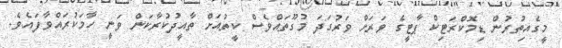
މީގެއިތުރުން ޑިމޮކްރަޓިކް ޕާޓީގެ ވަރަށް ވަރުގަދަ މުގޫތައްވެސް ކީތުއަށް ތާއީދުކުރާކަން ވަނީ ހާމަކުރައްވާފައެވެ.